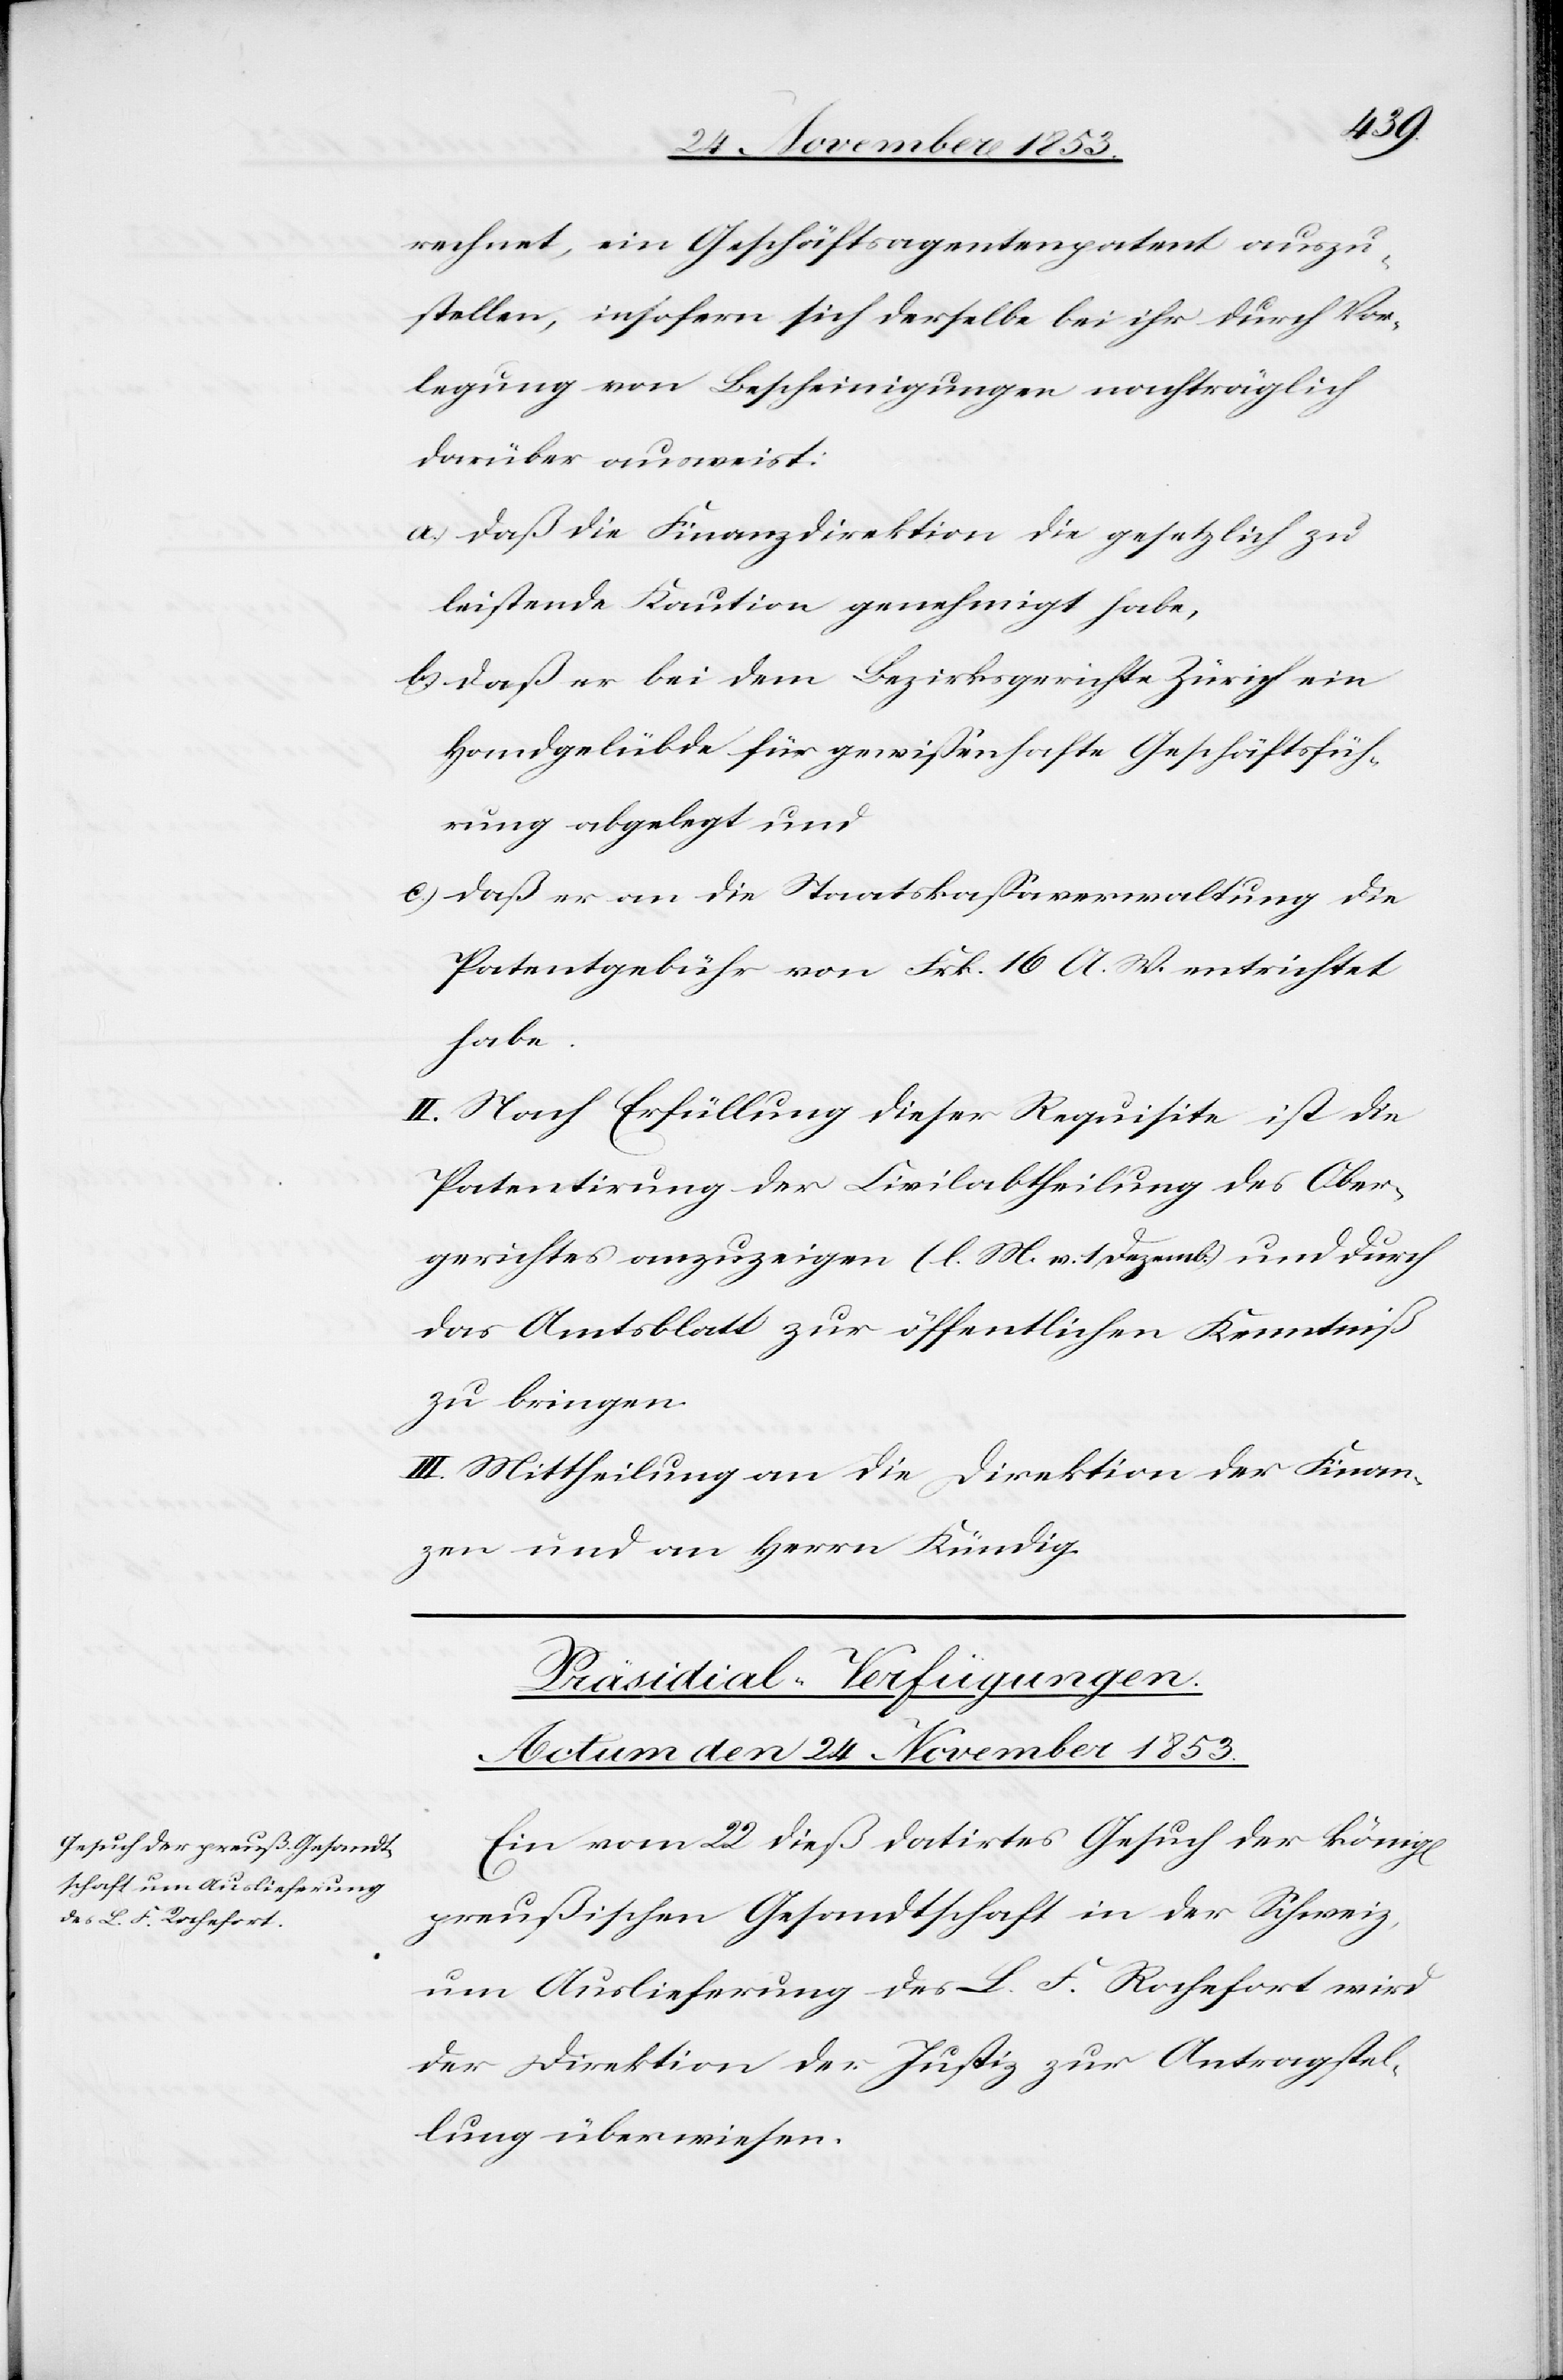
ichen]
rechnet, ein Geschäftsagentenpatent auszu¬
stellen, insofern sich derselbe bei ihr durch Ver¬
legung von Bescheinigungen nachträglich
darüber ausweist:
a) daß die Finanzdirektion die gesetzlich zu
leistende Kaution genehmigt habe,
b) daß er bei dem Bezirksgerichte Zürich ein
Handgelübde für gewißenhafte Geschäftsfüh¬
rung abgelegt und
c) daß er an die Staatskaßaverwaltung die
Patentgebühr von Frk. 16 A. W. entrichtet
habe.
II. Nach Erfüllung dieser Requisite ist die
Patentirung der Civilabtheilung des Ober¬
gerichtes anzuzeigen. [l. M. v. 1 Dezemb.] und durch
das Amtsblatt zur öffentlichen Kenntniß
zu bringen.
III. Mittheilung an die Direktion der Finan¬
zen und an Herrn Kündig.
Präsidial-Verfügungen.
Actum den 24 November 1853.
Ein vom 22 dieß datirtes Gesuch der könig[l¬
preußischen Gesandtschaft in der Schweiz,
um Auslieferung des L. F. Rochefort wird
der Direktion der Justiz zur Antragstel¬
lung überwiesen.